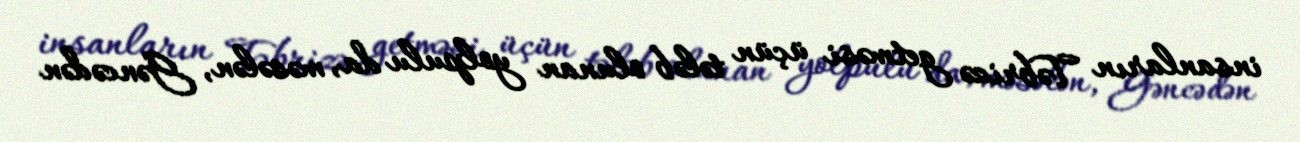
insanların Təbrizə getməsi üçün tələb olunan yolpulu da, məsələn, Gəncədən